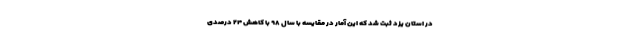
در استان یزد ثبت شد که این آمار در مقایسه با سال ۹۸ با کاهش ۲۴ درصدی